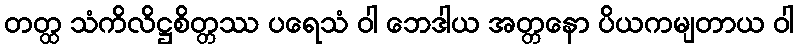
တတ္ထ သံကိလိဋ္ဌစိတ္တဿ ပရေသံ ဝါ ဘေဒါယ အတ္တနော ပိယကမျတာယ ဝါ